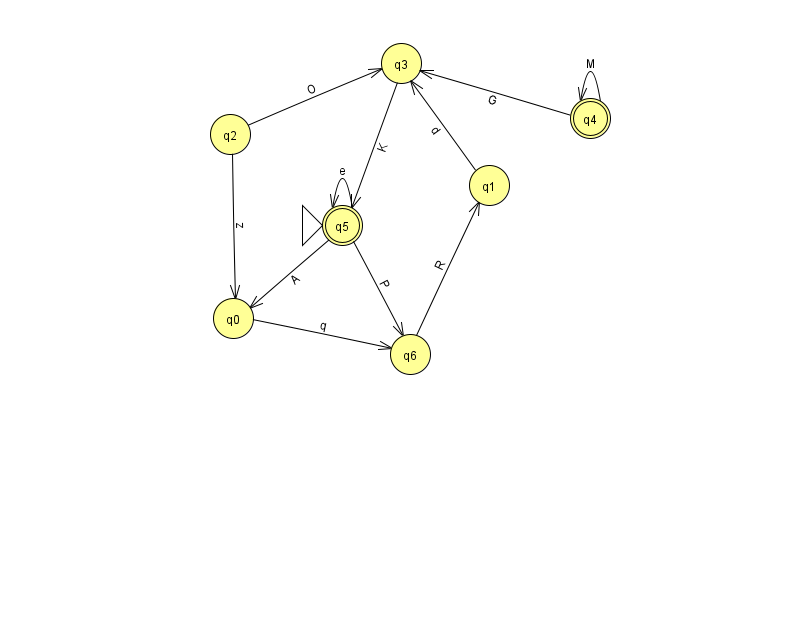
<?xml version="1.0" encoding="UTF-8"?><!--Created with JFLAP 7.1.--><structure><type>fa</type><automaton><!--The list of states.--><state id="0" name="q0"><x>233.0</x><y>305.0</y></state><state id="1" name="q1"><x>489.0</x><y>172.0</y></state><state id="2" name="q2"><x>230.0</x><y>121.0</y></state><state id="3" name="q3"><x>401.0</x><y>50.0</y></state><state id="4" name="q4"><x>590.0</x><y>105.0</y><final/></state><state id="5" name="q5"><x>342.0</x><y>212.0</y><initial/><final/></state><state id="6" name="q6"><x>410.0</x><y>341.0</y></state><!--The list of transitions.--><transition><from>5</from><to>6</to><read>P</read></transition><transition><from>0</from><to>6</to><read>q</read></transition><transition><from>4</from><to>3</to><read>G</read></transition><transition><from>5</from><to>0</to><read>A</read></transition><transition><from>5</from><to>5</to><read>e</read></transition><transition><from>1</from><to>3</to><read>d</read></transition><transition><from>6</from><to>1</to><read>R</read></transition><transition><from>3</from><to>5</to><read>K</read></transition><transition><from>2</from><to>0</to><read>z</read></transition><transition><from>2</from><to>3</to><read>O</read></transition><transition><from>4</from><to>4</to><read>M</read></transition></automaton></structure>